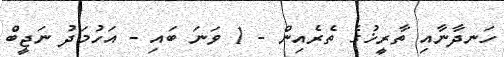
ހަނދާނާއި ތާރީޚުގެ ތެރެއިން - 1 ވަނަ ބައި - އަހުމަދު ނަޖީބް